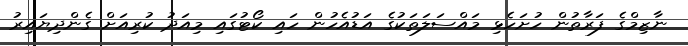
ނާޒިމްގެ ފަރާތުން ހުށަހެޅި މައްސަލަތަކުގެ އަޑުއެހުން ހައި ކޯޓުގައި މިއަދު ކުރިއަށް ގެންދިޔައިރު